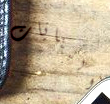
البنايات